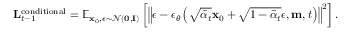
\mathbf { L } _ { t - 1 } ^ { \mathrm { c o n d i t i o n a l } } = \mathbb { E } _ { \mathbf { x } _ { 0 } , \epsilon \sim \mathcal { N } ( \mathbf { 0 } , \mathbf { I } ) } \left[ \left\| \epsilon - \epsilon _ { \theta } \left( \sqrt { \bar { \alpha } _ { t } } \mathbf { x } _ { 0 } + \sqrt { 1 - \bar { \alpha } _ { t } } \epsilon , \mathbf { m } , t \right) \right\| ^ { 2 } \right] .